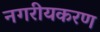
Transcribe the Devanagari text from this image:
नगरीयकरण